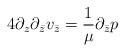
LaTeX: \begin{align*}4\partial_z \partial_{\bar{z}} v_{\bar{z}} =\frac{1}{\mu} \partial_{\bar{z}}p \end{align*}